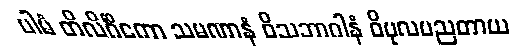
ပါမံ တိလိင်္ဂိကော သမဏာနံ ဝိသဘာဂါနံ ဝိပုလပညတာယ